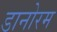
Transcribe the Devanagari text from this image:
डानोरम